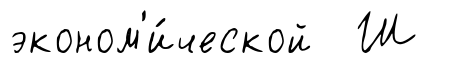
эконом'и́ческой Ш